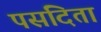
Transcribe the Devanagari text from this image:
पसंदिता